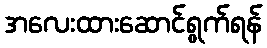
အလေးထားဆောင်ရွက်ရန်